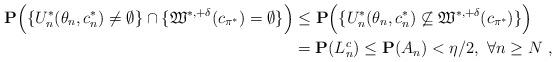
LaTeX: \begin{align*}\mathbf{P}\Big( \{ U^{*}_{n}(\theta_n,c^*_n)\ne \emptyset \} \cap \{\mathfrak W^{*,+\delta}(c_{\pi^*})=\emptyset \}\Big)&\le \mathbf{P}\Big(\{U^{*}_{n}(\theta_n,c^*_n)\not\subseteq\mathfrak W^{*,+\delta}(c_{\pi^*}) \} \Big) \\&= \mathbf {P}(L_{n}^c)\le\mathbf{P}(A_{n})<\eta/2,~\forall n\ge N~, \end{align*}